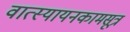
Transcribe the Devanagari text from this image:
वात्स्यायनकामसूत्र